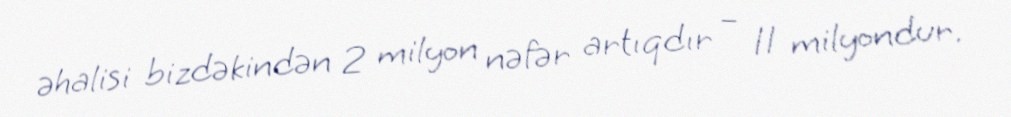
əhalisi bizdəkindən 2 milyon nəfər artıqdır – 11 milyondur.